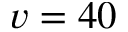
v = 4 0